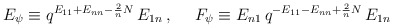
\begin{align*}E_\psi\equiv q^{E_{11}+E_{nn}-\frac{2}{n}N}\,E_{1n}\,,~~~~F_\psi\equiv E_{n1}\,q^{-E_{11}-E_{nn}+\frac{2}{n}N}\,E_{1n}\end{align*}